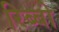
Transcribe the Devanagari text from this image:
रिब्बो